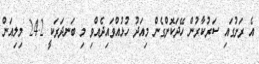
އެ ރަށުގައި ސަރުކާރުން ހޭދަކޮށްގެން މިއަދު ހުޅުއްވައިދެއްވި މި ބަނދަރަކީ 24.2 މިލިއަން